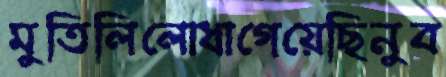
মুতিলিলোধাগেয়েছিনুব